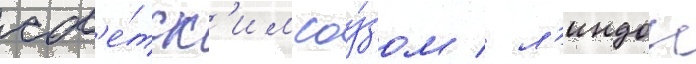
сов'е́тск'им соу́зом / л'индон